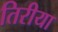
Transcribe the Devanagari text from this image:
तिरीया